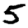
Digit: 5